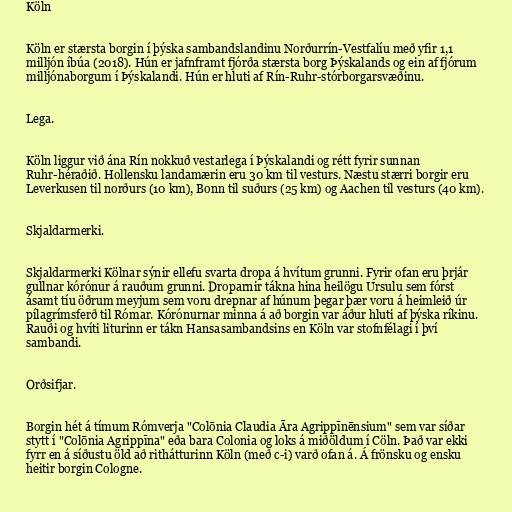
Köln

Köln er stærsta borgin í þýska sambandslandinu Norðurrín-Vestfalíu með yfir 1,1
milljón íbúa (2018). Hún er jafnframt fjórða stærsta borg Þýskalands og ein af fjórum
milljónaborgum í Þýskalandi. Hún er hluti af Rín-Ruhr-stórborgarsvæðinu.

Lega.

Köln liggur við ána Rín nokkuð vestarlega í Þýskalandi og rétt fyrir sunnan
Ruhr-héraðið. Hollensku landamærin eru 30 km til vesturs. Næstu stærri borgir eru
Leverkusen til norðurs (10 km), Bonn til suðurs (25 km) og Aachen til vesturs (40 km).

Skjaldarmerki.

Skjaldarmerki Kölnar sýnir ellefu svarta dropa á hvítum grunni. Fyrir ofan eru þrjár
gullnar kórónur á rauðum grunni. Droparnir tákna hina heilögu Ursulu sem fórst
ásamt tíu öðrum meyjum sem voru drepnar af húnum þegar þær voru á heimleið úr
pílagrímsferð til Rómar. Kórónurnar minna á að borgin var áður hluti af þýska ríkinu.
Rauði og hvíti liturinn er tákn Hansasambandsins en Köln var stofnfélagi í því
sambandi.

Orðsifjar.

Borgin hét á tímum Rómverja "Colōnia Claudia Āra Agrippīnēnsium" sem var síðar
stytt í "Colōnia Agrippīna" eða bara Colonia og loks á miðöldum í Cöln. Það var ekki
fyrr en á síðustu öld að rithátturinn Köln (með c-i) varð ofan á. Á frönsku og ensku
heitir borgin Cologne.